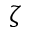
\boldsymbol { \zeta }